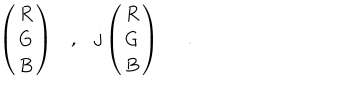
\left( \begin{array} { c } { { R } } \\ { { G } } \\ { { B } } \\ \end{array} \right) , j \left( \begin{array} { c } { { R } } \\ { { G } } \\ { { B } } \\ \end{array} \right) \; \; .